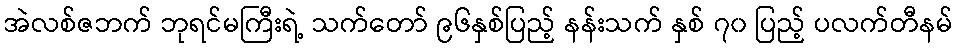
အဲလစ်ဇဘက် ဘုရင်မကြီးရဲ့ သက်တော် ၉၆နှစ်ပြည့် နန်းသက် နှစ် ၇၀ ပြည့် ပလက်တီနမ်